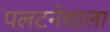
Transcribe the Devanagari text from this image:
पलटनेवाला